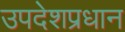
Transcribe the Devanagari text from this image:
उपदेशप्रधान